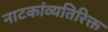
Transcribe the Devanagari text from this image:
नाटकांव्यतिरिक्त